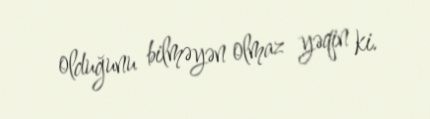
olduğunu bilməyən olmaz yəqin ki.